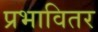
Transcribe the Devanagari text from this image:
प्रभावितर